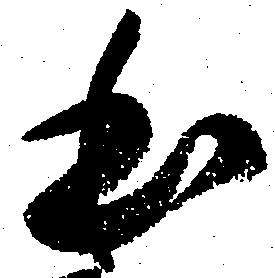
本